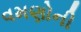
વમણોની